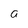
Character: a